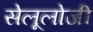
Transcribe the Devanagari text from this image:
सेलूलोजी